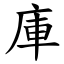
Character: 庫